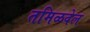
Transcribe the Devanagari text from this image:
तमिळवेल